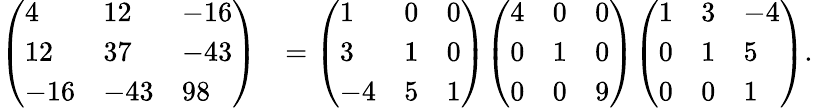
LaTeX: {\begin{array}{rl}{{\left(\begin{array}{lll}{4}&{12}&{-16}\\ {12}&{37}&{-43}\\ {-16}&{-43}&{98}\end{array}\right)}}&{={\left(\begin{array}{lll}{1}&{0}&{0}\\ {3}&{1}&{0}\\ {-4}&{5}&{1}\end{array}\right)}{\left(\begin{array}{lll}{4}&{0}&{0}\\ {0}&{1}&{0}\\ {0}&{0}&{9}\end{array}\right)}{\left(\begin{array}{lll}{1}&{3}&{-4}\\ {0}&{1}&{5}\\ {0}&{0}&{1}\end{array}\right)}.}\end{array}}